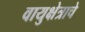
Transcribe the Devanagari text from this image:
वायुक्षेत्राचे